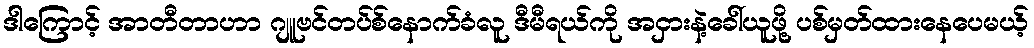
ဒါကြောင့် အာတီတာဟာ ဂျူဗင်တပ်စ်နောက်ခံလူ ဒီမီရယ်ကို အငှားနဲ့ခေါ်ယူဖို့ ပစ်မှတ်ထားနေပေမယ့်